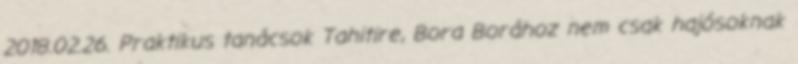
2018.02.26. Praktikus tanácsok Tahitire, Bora Borához nem csak hajósoknak